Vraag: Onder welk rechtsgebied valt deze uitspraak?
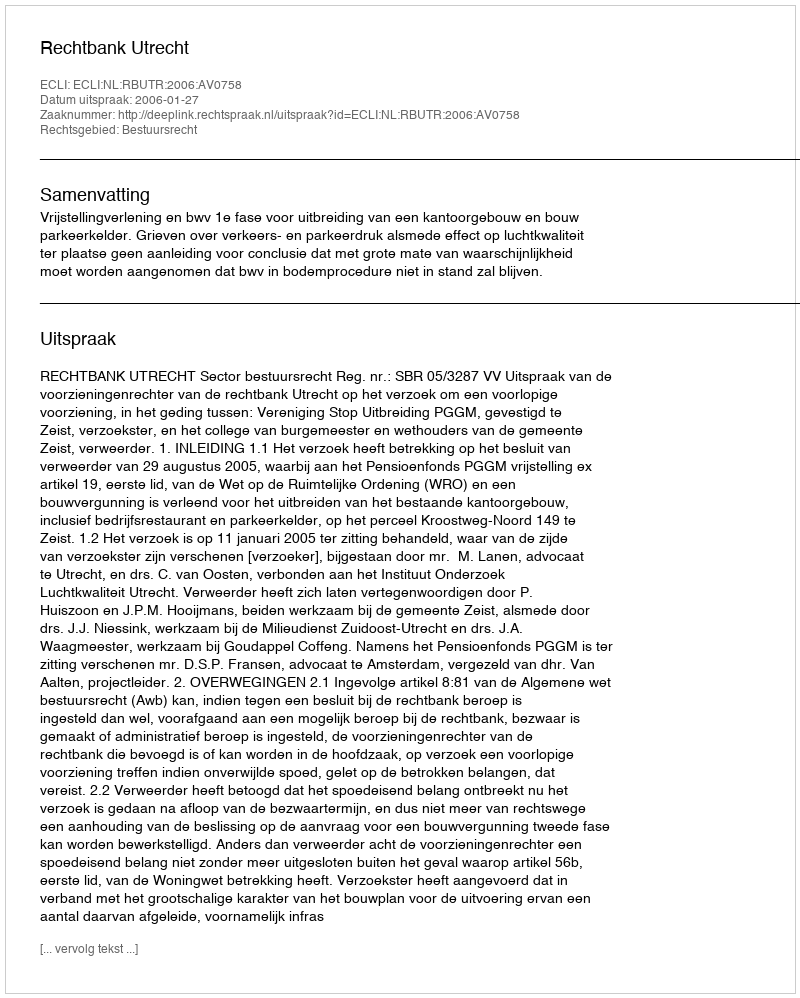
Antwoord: Bestuursrecht